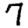
Digit: 7